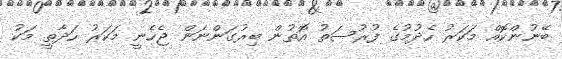
ބޭނުންކޮއް މަކަރު ހެދުމުގެ ފުރުސަތު އޮތުން ބިރުގަންނަން ޖެހެނީ މަކަރު ހަދާތީ މަކު